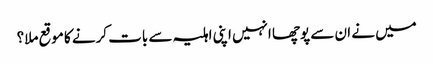
میں نے ان سے پوچھا انہیں اپنی اہلیہ سے بات کرنے کا موقع ملا؟